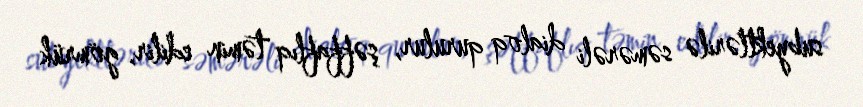
subyektlərilə səmərəli dialoq qurulur, şəffaflıq təmin edilir, gömrük